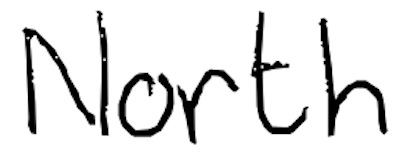
Text: North
Cross-out: clean
Writing tool: digital_black